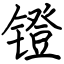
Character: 镫